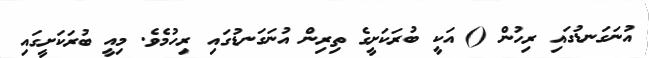
އުނަގަނޑުގައި ރިހުން () އަކީ ބުރަކަށީގެ ތިރިން އުނަގަނޑުގައި ރިހުމެވެ. މިއީ ބުރަކަށީގައި